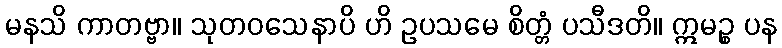
မနသိ ကာတဗ္ဗာ။ သုတဝသေနာပိ ဟိ ဥပသမေ စိတ္တံ ပသီဒတိ။ ဣမဉ္စ ပန